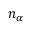
n _ { \alpha }